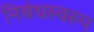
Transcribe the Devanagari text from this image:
निबंधस्वरूप